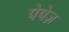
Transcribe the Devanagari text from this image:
पेपेज़